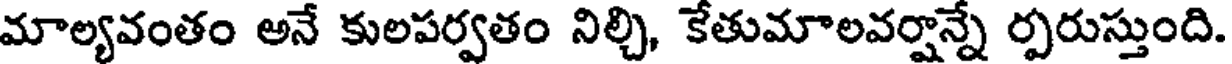
మాల్యవంతం అనే కులపర్వతం నిల్చి, కేతుమాలవర్షాన్నే ర్పరుస్తుంది.